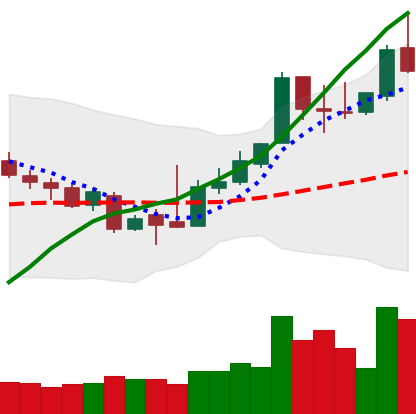
Ticker: XLM-USD
Chart end date: 2018-11-12
Forward return: -8.379%
Label: down_7plus